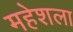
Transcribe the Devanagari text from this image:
महेशला